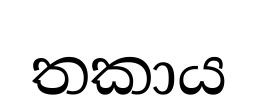
තකාය